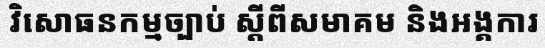
វិសោធនកម្មច្បាប់ ស្តីពីសមាគម និងអង្គការ